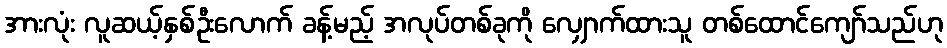
အားလုံး လူဆယ့်နှစ်ဦးလောက် ခန့်မည့် အလုပ်တစ်ခုကို လျှောက်ထားသူ တစ်ထောင်ကျော်သည်ဟု